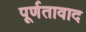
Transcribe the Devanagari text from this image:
पूर्णतावाद